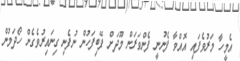
އެމީހާ މަރުވެފައި އޮއްވާ ފެނުނީ ފެންވަރަން މޫދަށް ފޭބިފަހުން ނުފެނި ގިނައިރުވެގެން ހޯދަމުން